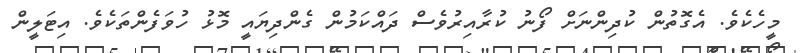
މީހެކެވެ. އެގޮތުން ކުދިންނަށް ފޯނު ކުރާއިރުވެސް ދައްކަމުން ގެންދިޔައީ މޮޅު ހުވަފެންތަކެވެ. އިޓަލީން